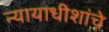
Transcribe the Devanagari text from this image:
न्यायाधीशांचे